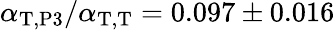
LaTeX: \alpha_{\mathrm{T},\mathrm{P3}}/\alpha_{\mathrm{T},\mathrm{T}}=0.097\pm 0.016